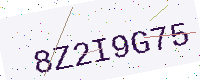
Text: 8Z2I9G75